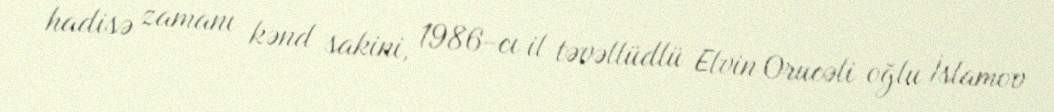
hadisə zamanı kənd sakini, 1986-cı il təvəllüdlü Elvin Orucəli oğlu İslamov